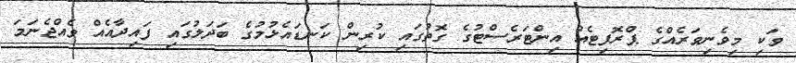
ވަކި މިވެނިވަރެއްގެ ޕްރޮފިޓެއް އިންޓަރެސްޓުގެ ގޮތުގައި ކުރިން ކަނޑައެޅުމުގެ ބަދަލުގައި ފައިދާއެއް ވެއްޖެނަމަ